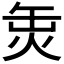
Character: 𤈣